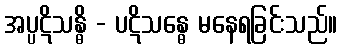
အပ္ပဋိသန္ဓိ - ပဋိသန္ဓေ မနေရခြင်းသည်။